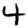
Digit: 4